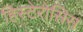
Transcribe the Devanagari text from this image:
हिस्टेरोसिस